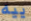
ييه